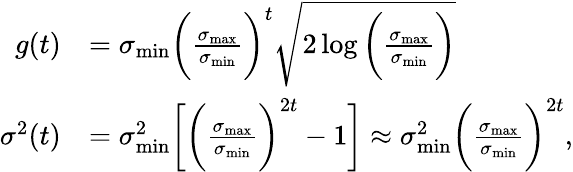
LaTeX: \begin{array}{rl}{g(t)}&{=\sigma_{\mathrm{min}}\bigg(\frac{\sigma_{\mathrm{max}}}{\sigma_{\mathrm{min}}}\bigg)^{t}\sqrt{2\log{\bigg(\frac{\sigma_{\mathrm{max}}}{\sigma_{\mathrm{min}}}\bigg)}}}\\ {\sigma^{2}(t)}&{=\sigma_{\mathrm{min}}^{2}\bigg[\bigg(\frac{\sigma_{\mathrm{max}}}{\sigma_{\mathrm{min}}}\bigg)^{2t}-1\bigg]\approx\sigma_{\mathrm{min}}^{2}\bigg(\frac{\sigma_{\mathrm{max}}}{\sigma_{\mathrm{min}}}\bigg)^{2t},}\end{array}